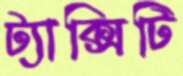
ট্যাক্সিটি